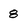
Character: 8